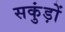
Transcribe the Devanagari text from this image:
सकुंड़ों